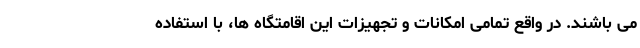
می باشند. در واقع تمامی امکانات و تجهیزات این اقامتگاه ها، با استفاده